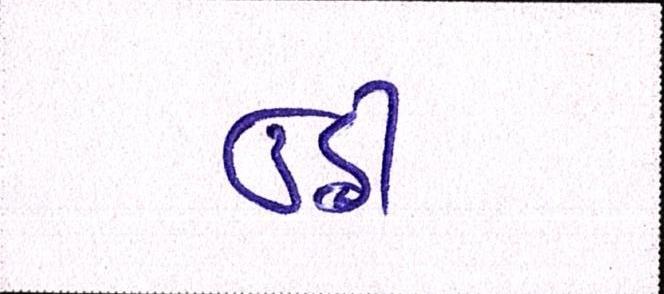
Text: છઠ્ઠી